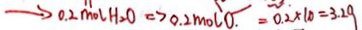
\rightarrow 0 . 2 m o l H _ { 2 } O \Rightarrow 0 . 2 m o l O . = 0 . 2 \times 1 0 = 3 . 2 9